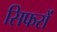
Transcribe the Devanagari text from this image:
सिफरों